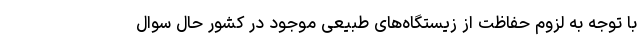
با توجه به لزوم حفاظت از زیستگاه‌های طبیعی موجود در کشور حال سوال